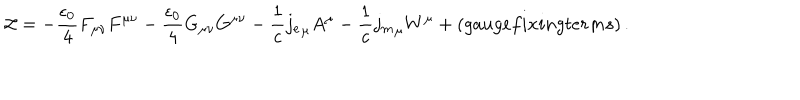
{ \cal L } = - \frac { \epsilon _ { 0 } } { 4 } F _ { \mu \nu } F ^ { \mu \nu } - \frac { \epsilon _ { 0 } } { 4 } G _ { \mu \nu } G ^ { \mu \nu } - \frac { 1 } { c } { j _ { e } } _ { \mu } A ^ { \mu } - \frac { 1 } { c } { j _ { m } } _ { \mu } W ^ { \mu } + ( g a u g e f i x i n g t e r m s ) \, .